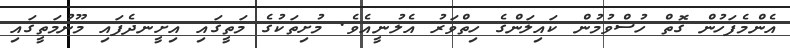
އެންމެފަހުން ގޮތް ހުސްވުމުން ކައިލަންގެ ހިތްވަރު އެލުނީއެވެ. މުށިތަކުގެ މަތީގައި އިށީނދެފައި މޫނުމަތީގައި